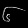
Digit: ၆